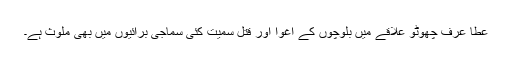
عطا عرف چھوٹو علاقے میں بلوچوں کے اغوا اور قتل سمیت کئی سماجی برائیوں میں بھی ملوث ہے۔